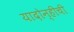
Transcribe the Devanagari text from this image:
यादोन्हीची